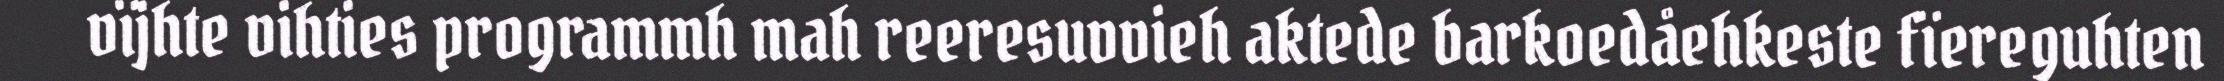
vïjhte vihties programmh mah reeresuvvieh aktede barkoedåehkeste fïereguhten